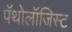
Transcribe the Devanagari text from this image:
पॅथोलॉजिस्ट